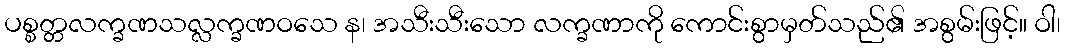
ပစ္စတ္တလက္ခဏသလ္လက္ခဏဝသေ န၊ အသီးသီးသော လက္ခဏာကို ကောင်းစွာမှတ်သည်၏ အစွမ်းဖြင့်။ ဝါ၊